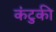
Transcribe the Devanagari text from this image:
कंटुकी